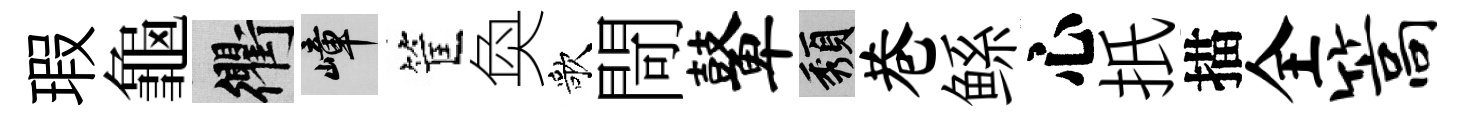
瑕龜衢嶂筐奐歌閜鼙頽巷鲧心扺描全篙